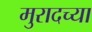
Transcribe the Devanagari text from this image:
मुरादच्या